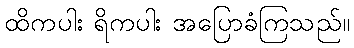
ထိကပါး ရိကပါး အပြောခံကြသည်။